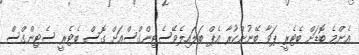
އެންމެ ބޮޑަށް ބެޓެރީ ޕަވާ ބޭނުންކުރާ އެޕް ބަލައިލެވޭސެޓިންގްސްއަށް ގޮސް ބެޓެރީ ސެޓިންގްސް